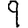
Digit: 9